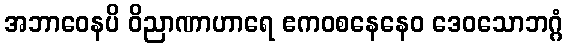
အဘာဝေနပိ ဝိညာဏာဟာရေ ဧကဝစနေနေဝ ဒေဝသောဘဂ္ဂံ